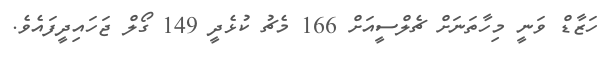
ހަޒާޑް ވަނީ މިހާތަނަށް ޗެލްސީއަށް 166 މެޗު ކުޅެދީ 149 ގޯލް ޖަހައިދީފައެވެ.